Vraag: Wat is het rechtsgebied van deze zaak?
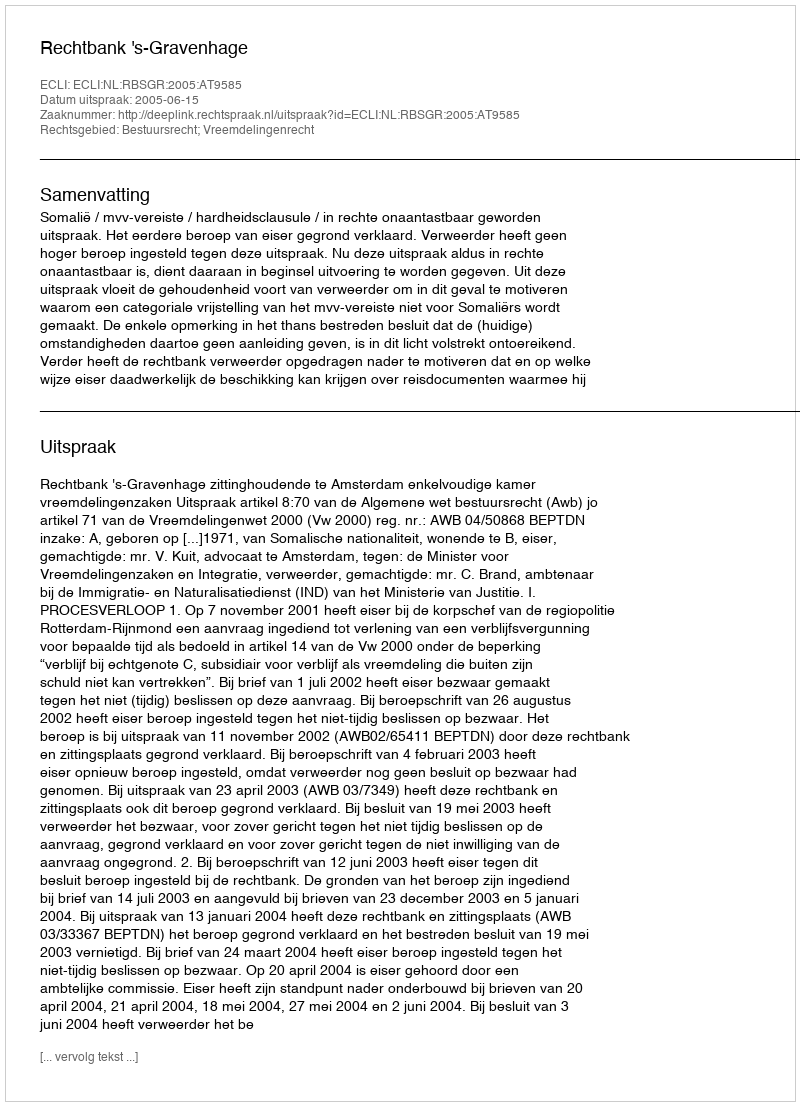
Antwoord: Bestuursrecht; Vreemdelingenrecht